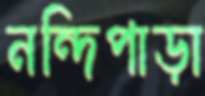
নন্দিপাড়া